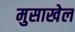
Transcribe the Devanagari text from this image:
मुसाखेल